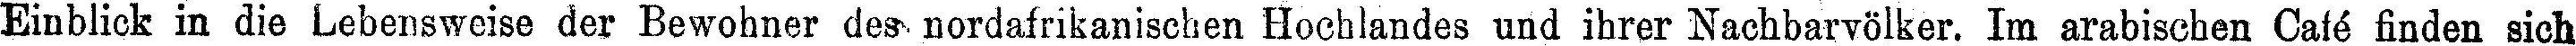
Einblick in die Lebensweise der Bewohner des nordafrikanischen Hochlandes und ihrer Nachbarvölker. Im arabischen Café finden sich